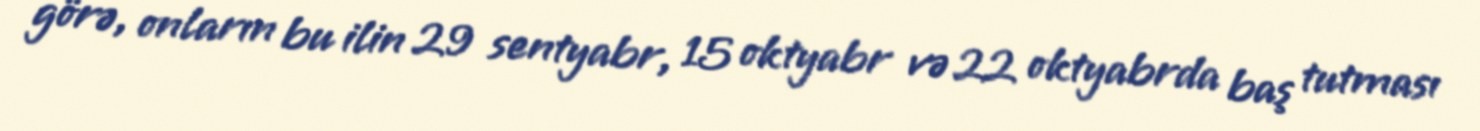
görə, onların bu ilin 29 sentyabr, 15 oktyabr və 22 oktyabrda baş tutması